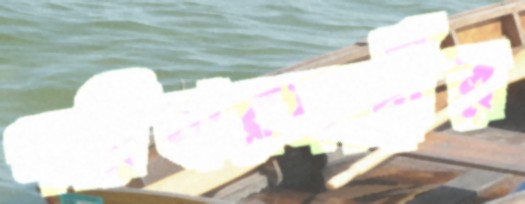
পরিবারমন্ত্রীর